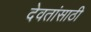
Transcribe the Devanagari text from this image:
देवतांसाठी